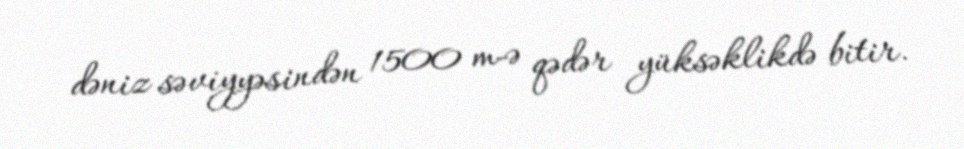
dəniz səviyyəsindən 1500 m-ə qədər yüksəklikdə bitir.